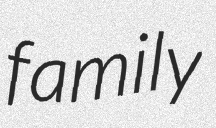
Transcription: family